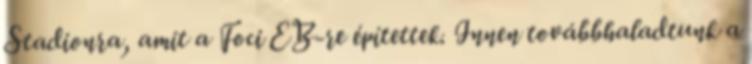
Stadionra, amit a Foci EB-re építettek. Innen továbbhaladtunk a